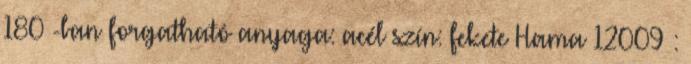
180°-ban forgatható anyaga: acél szín: fekete Hama 12009 :